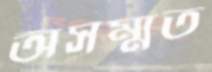
অসম্মত